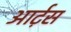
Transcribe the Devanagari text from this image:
आर्ट़स